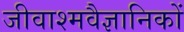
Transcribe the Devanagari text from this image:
जीवाश्मवैज्ञानिकों